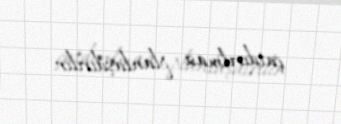
çatdırılması planlaşdırılır.